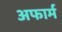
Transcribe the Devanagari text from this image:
अफार्म